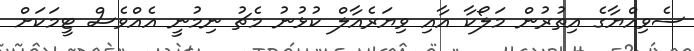
ސެވިއްޔާގެ އިތުރުން މަލޯކާ އާއި ވިޔަރެއާލް ކުޅުނު މެޗު ނިމުނީ އެއްވެސް ޓީމަކަށް